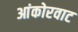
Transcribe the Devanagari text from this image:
आंकोरवाट